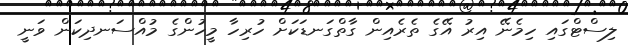
ލިސްޓްގައި ހިމެނޭ އިރު އޭގެ ތެރެއިން ގާތްގަނޑަކަށް ހުރިހާ މީހުންގެ މުއްސަނދިކަން ވަނީ